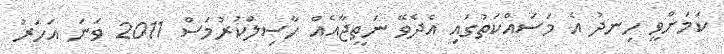
ކަމަށްވީ ހިނދު އެ މަސައްކަތުގައި އެދެވޭ ނަތީޖާއެއް ހާސިލްކުރުމަސް 2011 ވަނަ އަހަރު